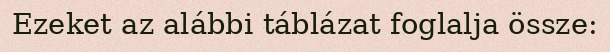
Ezeket az alábbi táblázat foglalja össze: